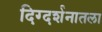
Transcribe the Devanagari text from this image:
दिग्दर्शनातला